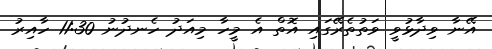
އޭނާ ވިދާޅުވީ ވަތުތެރޭގައި އޮތް އެ މީހާ މިއަދު ހެނދުނު 11:30 ހާއިރު